NAE_ERA_R-2324_Eesti_Vabariigi_Pohiseaduslik_Assamblee, lk 146
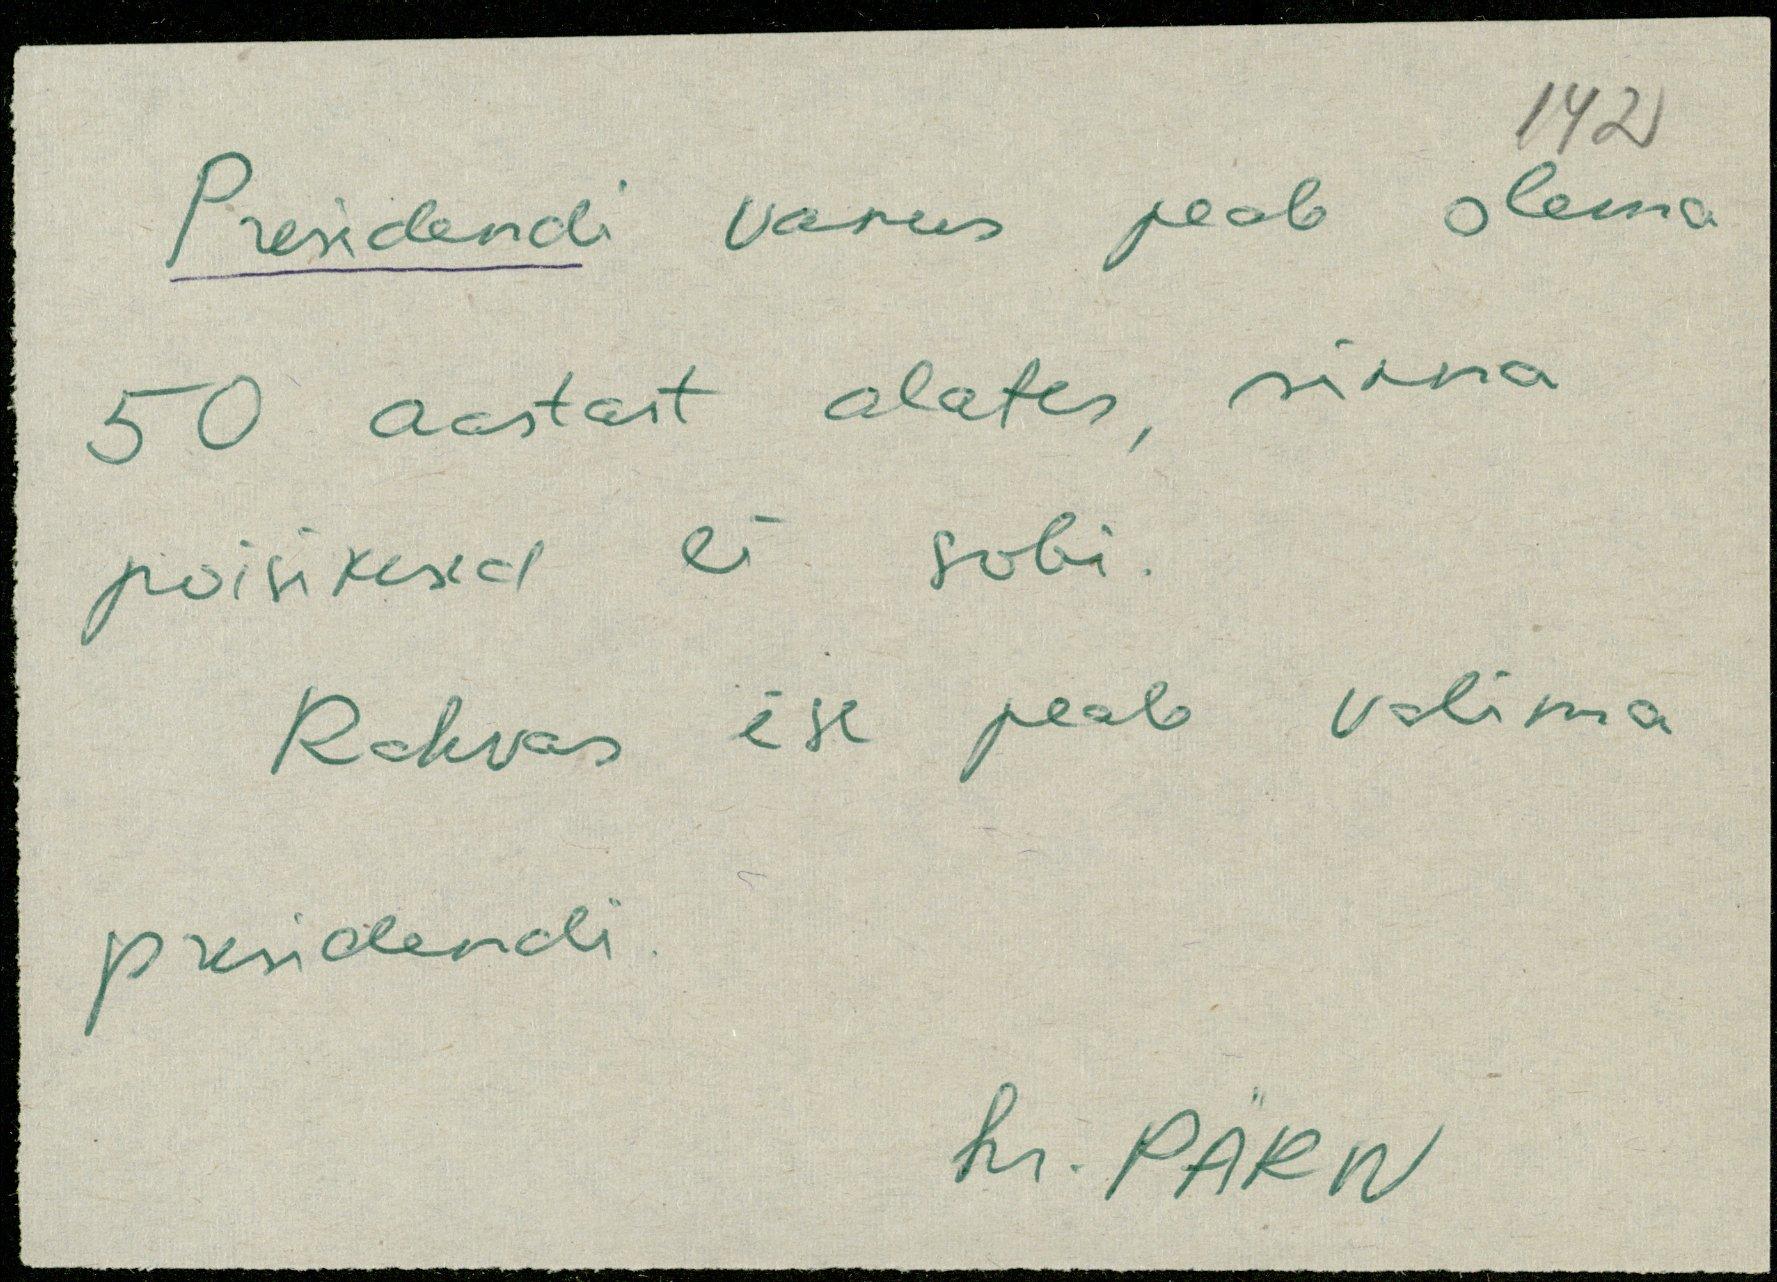
Presidenti vanus peab olema
50 aastast alates, sinna
poisikesed ei sobi.
Rahvas ise peab valima
presidendi.
hr. PÄRN